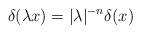
LaTeX: \begin{align*}\delta(\lambda x)= |\lambda|^{-n}\delta(x)\end{align*}